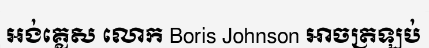
អង់គ្លេស លោក Boris Johnson អាចត្រឡប់